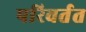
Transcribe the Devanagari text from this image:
परिवर्तत